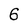
Character: 6